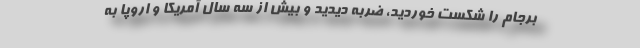
برجام را شکست خوردید، ضربه دیدید و بیش از سه سال آمریکا و اروپا به